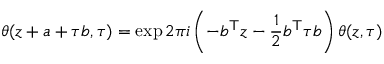
\theta ( z + a + \tau b , \tau ) = \exp 2 \pi i \left( - b ^ { \mathsf { T } } z - { \frac { 1 } { 2 } } b ^ { \mathsf { T } } \tau b \right) \theta ( z , \tau )